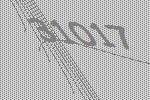
31017